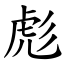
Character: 彪